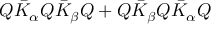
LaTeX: Q \bar { K } _ { \alpha } Q \bar { K } _ { \beta } Q + Q \bar { K } _ { \beta } Q \bar { K } _ { \alpha } Q